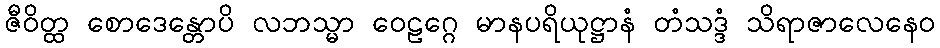
ဇီဝိတ္ထ စောဒေန္တောပိ လဘသ္မာ ဝေဠဂ္ဂေ မာနပရိယုဋ္ဌာနံ တံသဒ္ဒံ သိရာဇာလေနေဝ